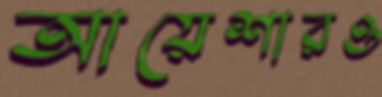
আয়েশারও